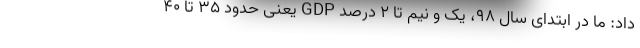
داد: ما در ابتدای سال ۹۸، یک و نیم تا ۲ درصد GDP یعنی حدود ۳۵ تا ۴۰